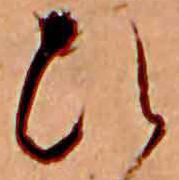
ひ